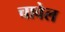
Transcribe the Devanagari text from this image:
चावेल